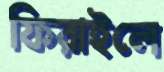
ফিরাইলে